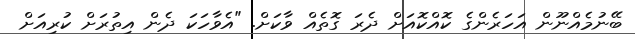
ބޭނުމެއްނޫން އަހަރެންގެ ކޮއްކޮއަށް ދެރަ ގޮތެއް ވާކަށް. "އެވާހަކަ ދެން އިތުރަށް ކުރިއަށް